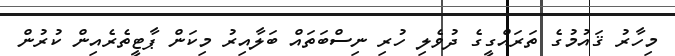
މިހާރު ޤައުމުގެ ތަރައްގީގެ ދުވެލި ހުރި ނިސްބަތައް ބަލާއިރު މިކަން ޕާޓީތެރެއިން ކުރުން